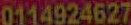
0114924627